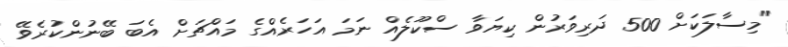
"މިސާލަކަށް 500 ދަރިވަރުން ކިޔަވާ ސްކޫލެއް ނަމަ އަހަރެއްގެ މައްޗަށް އެބަ ބޭނުންކުރެވޭ